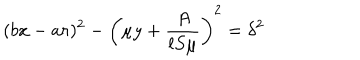
LaTeX: ( b x - a r ) ^ { 2 } - \left( \mu y + \frac { A } { l S \mu } \right) ^ { 2 } = \delta ^ { 2 }